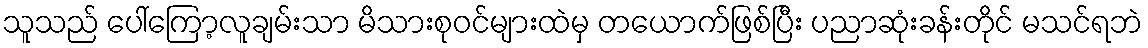
သူသည် ပေါ်ကြော့လူချမ်းသာ မိသားစုဝင်များထဲမှ တယောက်ဖြစ်ပြီး ပညာဆုံးခန်းတိုင် မသင်ရဘဲ